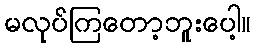
မလုပ်ကြတော့ဘူးပေါ့။